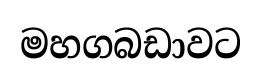
මහගබඩාවට